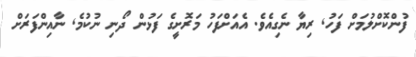
ފުންކޮށްލުމަށް ފަހު